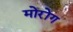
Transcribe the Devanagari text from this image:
मोरोंग